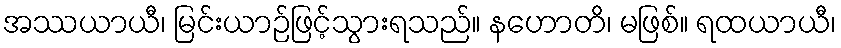
အဿယာယီ၊ မြင်းယာဉ်ဖြင့်သွားရသည်။ နဟောတိ၊ မဖြစ်။ ရထယာယီ၊